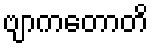
ဗျာကတောတိ